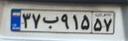
۳۷ب۹۱۵۵۷